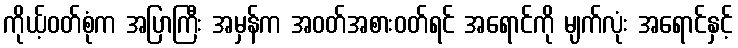
ကိုယ့်ဝတ်စုံက အပြာကြီး အမှန်က အဝတ်အစားဝတ်ရင် အရောင်ကို မျက်လုံး အရောင်နှင့်